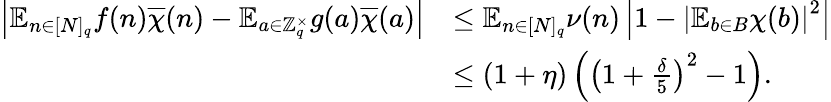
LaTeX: \begin{array}{rl}{\left|\mathbb{E}_{n\in[N]_{q}}f(n)\overline{{\chi}}(n)-\mathbb{E}_{a\in\mathbb{Z}_{q}^{\times}}g(a)\overline{{\chi}}(a)\right|}&{\leq\mathbb{E}_{n\in[N]_{q}}\nu(n)\left|1-\left|\mathbb{E}_{b\in B}\chi(b)\right|^{2}\right|}\\ &{\leq(1+\eta)\left(\left(1+\frac{\delta}{5}\right)^{2}-1\right).}\end{array}